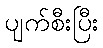
ပျက်စီးပြီး